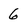
Character: 6